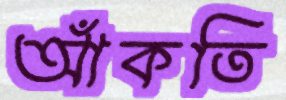
আঁকতি